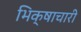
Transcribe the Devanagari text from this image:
भिक्षाचारी